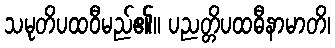
သမုတိပထဝီမည်၏။ ပညတ္တိပထဓီနာမာတိ၊